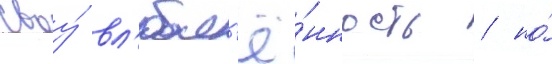
своу́ вл'юбл'ё́нность / но́